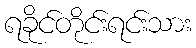
ရခိုင်တိုင်းရင်းသား